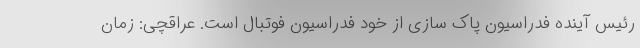
رئیس آینده فدراسیون پاک سازی از خود فدراسیون فوتبال است. عراقچی: زمان